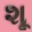
શૂ